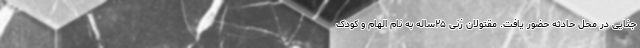
جنایی در محل حادثه حضور یافت. مقتولان زنی ۲۵ساله به نام الهام و کودک